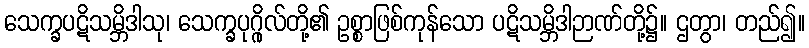
သေက္ခပဋိသမ္ဘိဒါသု၊ သေက္ခပုဂ္ဂိုလ်တို့၏ ဥစ္စာဖြစ်ကုန်သော ပဋိသမ္ဘိဒါဉာဏ်တို့၌။ ဌတွာ၊ တည်၍။